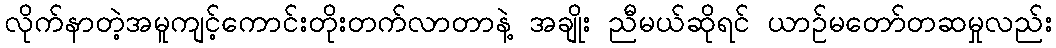
လိုက်နာတဲ့အမူကျင့်ကောင်းတိုးတက်လာတာနဲ့ အချိုး ညီမယ်ဆိုရင် ယာဉ်မတော်တဆမှုလည်း